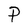
Character: P